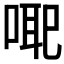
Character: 𭈳